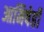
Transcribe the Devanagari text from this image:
आमिषेही